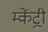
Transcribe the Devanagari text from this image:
म्केंट्री